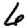
Digit: 6